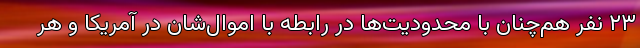
۲۳ نفر هم‌چنان با محدودیت‌ها در رابطه با اموال‌شان در آمریکا و هر